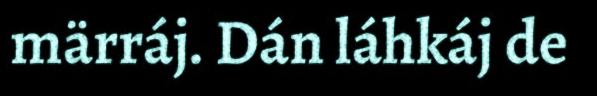
märráj. Dán láhkáj de